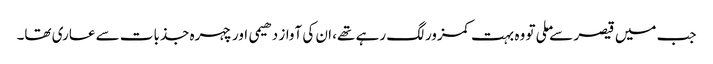
جب میں قیصر سے ملی تو وہ بہت کمزور لگ رہے تھے، ان کی آواز دھیمی اور چہرہ جذبات سے عاری تھا۔